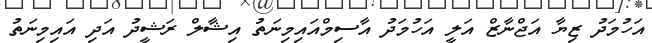
އަހުމަދު ޒިޔާ އަޖްނާޒް އަލީ އަހުމަދު އާސިމްއައިމިނަތު އިޝާލް ރަޝީދު އަދި އައިމިނަތު